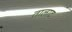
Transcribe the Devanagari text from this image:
तालाट